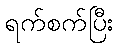
ရက်စက်ပြီး